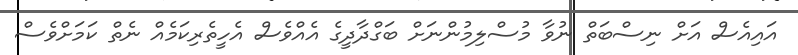
އައިއެސް އަށް ނިސްބަތް ނުވާ މުސްލިމުންނަށް ބަގްދާދީގެ އެއްވެސް އެހީތެރިކަމެއް ނެތް ކަމަށްވެސް